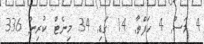
4 މަސް